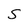
Character: S